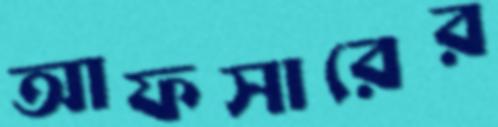
আফসারের